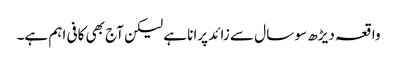
واقعہ دیڑھ سو سا ل سے زائد پرانا ہے لیکن آج بھی کافی اہم ہے۔